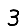
Digit: 3